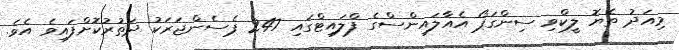
މިއަދު ތެޔޮ ލީކްވި ސިންގަޕޯ އެއާލައިންސްގެ ފްލައިޓްގައި 247 ޕެސެންޖަރަކު ދަތުރުކޮށްފައިވެ އެވެ.